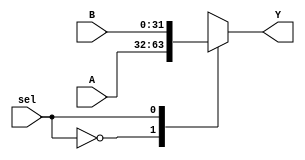
module mux_2_to_1
(
  output  wire	[31:0]  Y,
  input   wire 	[31:0]  A, B,
  input   wire  		sel
);

reg [31:0] _Y;
assign Y = _Y;

always @(*) begin
	case (sel)
		1'b0:   _Y = A;
		1'b1:   _Y = B;
	endcase
end

endmodule